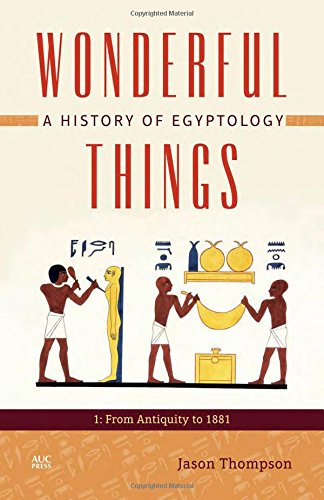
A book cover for Wonderful Things: A History of Egyptology: 1: From Antiquity to 1881; Jason Thompson; History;